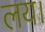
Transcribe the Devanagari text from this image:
लय।